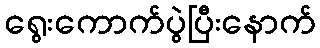
ရွေးကောက်ပွဲပြီးနောက်